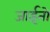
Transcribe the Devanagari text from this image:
जाईतो